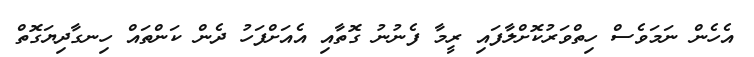
އެހެން ނަމަވެސް ހިތްވަރުކޮށްލާފައި ރީމާ ފެނުނު ގޮތާއި އެއަށްފަހު ދެން ކަންތައް ހިނގާދިޔަގޮތް